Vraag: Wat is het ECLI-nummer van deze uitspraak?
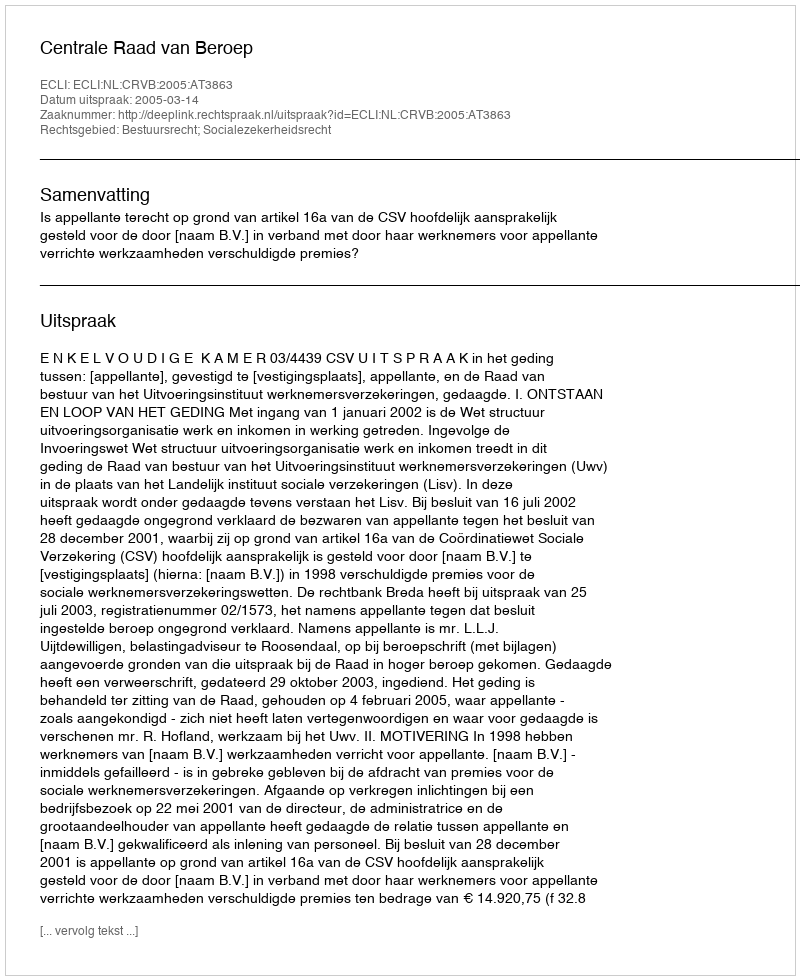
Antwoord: ECLI:NL:CRVB:2005:AT3863